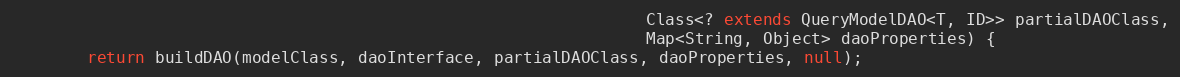
Language: Java
                                                                  Class<? extends QueryModelDAO<T, ID>> partialDAOClass,
                                                                  Map<String, Object> daoProperties) {
        return buildDAO(modelClass, daoInterface, partialDAOClass, daoProperties, null);